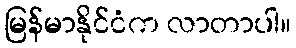
မြန်မာနိုင်ငံက လာတာပါ။